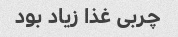
چربی غذا زیاد بود